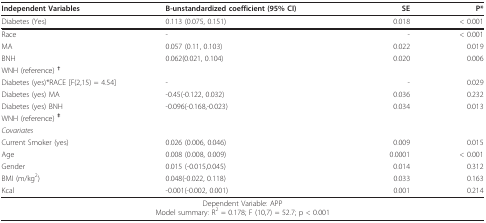
<table><thead><tr><td><b>Independent Variables</b></td><td><b>B-unstandardized coefficient (95% CI)</b></td><td><b>SE</b></td><td><b>P*</b></td></tr></thead><tbody><tr><td>Diabetes (Yes)</td><td>0.113 (0.075, 0.151)</td><td>0.018</td><td>&lt; 0.001</td></tr><tr><td>Race</td><td>-</td><td>-</td><td>&lt; 0.001</td></tr><tr><td>MA</td><td>0.057 (0.11, 0.103)</td><td>0.022</td><td>0.019</td></tr><tr><td>BNH</td><td>0.062(0.021, 0.104)</td><td>0.020</td><td>0.006</td></tr><tr><td colspan="4">WNH (reference) <b><sup>† </sup></b></td></tr><tr><td>Diabetes (yes)*RACE [F(2,15) = 4.54]</td><td>-</td><td>-</td><td>0.029</td></tr><tr><td>Diabetes (yes) MA</td><td>-0.45(-0.122, 0.032)</td><td>0.036</td><td>0.232</td></tr><tr><td>Diabetes (yes) BNH</td><td>-0.096(-0.168,-0.023)</td><td>0.034</td><td>0.013</td></tr><tr><td colspan="4">WNH (reference) <b><sup>‡</sup></b></td></tr><tr><td colspan="4"><i>Covariates</i></td></tr><tr><td>Current Smoker (yes)</td><td>0.026 (0.006, 0.046)</td><td>0.009</td><td>0.015</td></tr><tr><td>Age</td><td>0.008 (0.008, 0.009)</td><td>0.0001</td><td>&lt; 0.001</td></tr><tr><td>Gender</td><td>0.015 (-0.015,0.045)</td><td>0.014</td><td>0.312</td></tr><tr><td>BMI (m/kg<sup>2</sup>)</td><td>0.048(-0.022, 0.118)</td><td>0.033</td><td>0.163</td></tr><tr><td>Kcal</td><td>-0.001(-0.002, 0.001)</td><td>0.001</td><td>0.214</td></tr><tr><td colspan="4">Dependent Variable: APPModel summary: R<sup>2 </sup>= 0.178; F (10,7) = 52.7; p &lt; 0.001</td></tr></tbody></table>